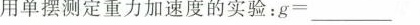
用单摆测定重力加速度的实验：$$g = ___$$